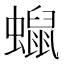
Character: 𧒑